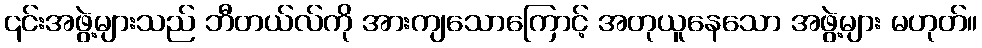
၎င်းအဖွဲ့များသည် ဘီတယ်လ်ကို အားကျသောကြောင့် အတုယူနေသော အဖွဲ့များ မဟုတ်။